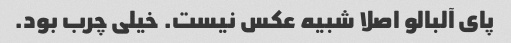
پای آلبالو اصلا شبیه عکس نیست. خیلی چرب بود.